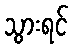
သွားရင်